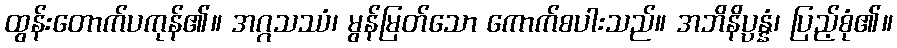
ထွန်းတောက်ပကုန်၏။ အဂ္ဂသဿံ၊ မွန်မြတ်သော ကောက်စပါးသည်။ အဘိနိပ္ပန္နံ၊ ပြည့်စုံ၏။